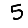
Digit: 5